画像に写った文字を読んでください
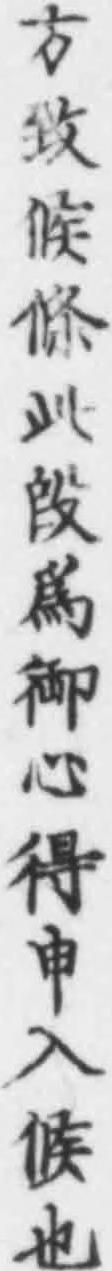
「方致候條叫段爲御心得申入候也」と書いてあります